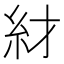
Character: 䊷